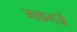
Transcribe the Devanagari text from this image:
मकलर्ज़